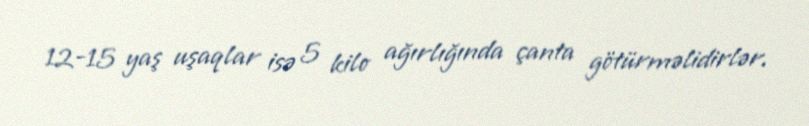
12-15 yaş uşaqlar isə 5 kilo ağırlığında çanta götürməlidirlər.